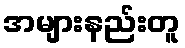
အများနည်းတူ